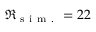
\Re _ { \mathrm { ~ s ~ i ~ m ~ . ~ } } = 2 2